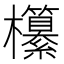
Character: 𣠹